Document type: Sale
Year: 1461
Scribe: [Unknown]
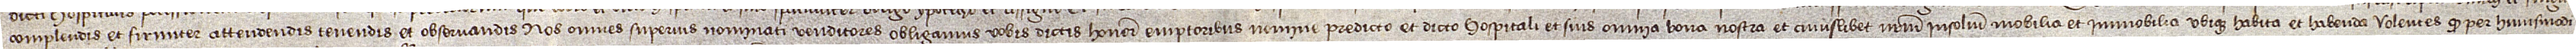
complendis et firmiter attendendis, tenendis et observandis nos omnes superius nominati venditores obligamus vobis dictis honorabilibus emptoribus nomine predicto et dicto hospitali et suis omnia bona nostra et cuiuslibet nostrum insolidum, mobilia et immobilia ubique habita et habenda, volentes quod per huiusmodi